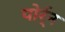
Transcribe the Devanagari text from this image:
पोर्र्न